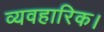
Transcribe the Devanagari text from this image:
व्यवहारिक।